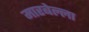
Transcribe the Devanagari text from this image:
मारबेल्ला